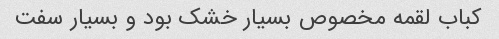
کباب لقمه مخصوص بسیار خشک بود و بسیار سفت